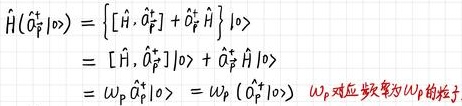
\[
\begin{align*}
\hat{H}(\hat{a}_p^\dagger\vert 0\rangle)&=\left\{[\hat{H},\hat{a}_p^\dagger]+\hat{a}_p^\dagger\hat{H}\right\}\vert 0\rangle\\
&=[\hat{H},\hat{a}_p^\dagger]\vert 0\rangle+\hat{a}_p^\dagger\hat{H}\vert 0\rangle\\
&=\omega_p\hat{a}_p^\dagger\vert 0\rangle=\omega_p(\hat{a}_p^\dagger\vert 0\rangle)\quad \omega_p对应频率为\omega_p的粒子
\end{align*}
\]